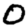
Digit: 0